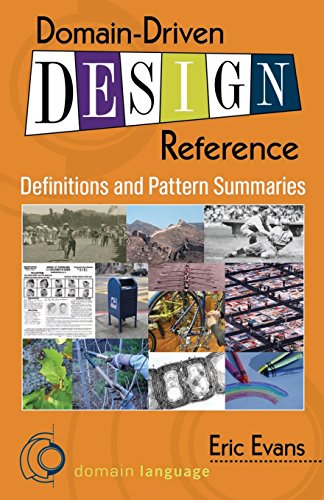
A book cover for Domain-Driven Design Reference: Definitions and Pattern Summaries; Eric Evans; Computers & Technology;